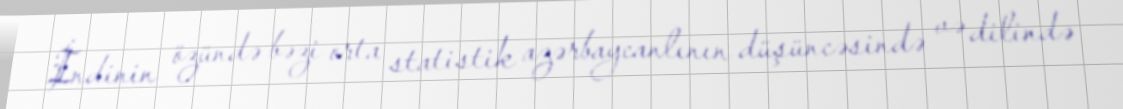
İndinin özündə bəzi orta statistik azərbaycanlının düşüncəsində və dilində